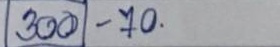
300 - 70